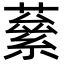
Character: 𮑙